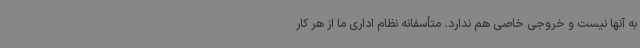
به آنها نیست و خروجی خاصی هم ندارد. متأسفانه نظام اداری ما از هر کار